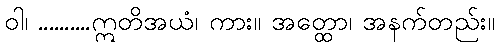
ဝါ၊ ..........ဣတိအယံ၊ ကား။ အတ္ထော၊ အနက်တည်း။